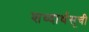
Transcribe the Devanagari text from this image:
शब्दार्थसूची